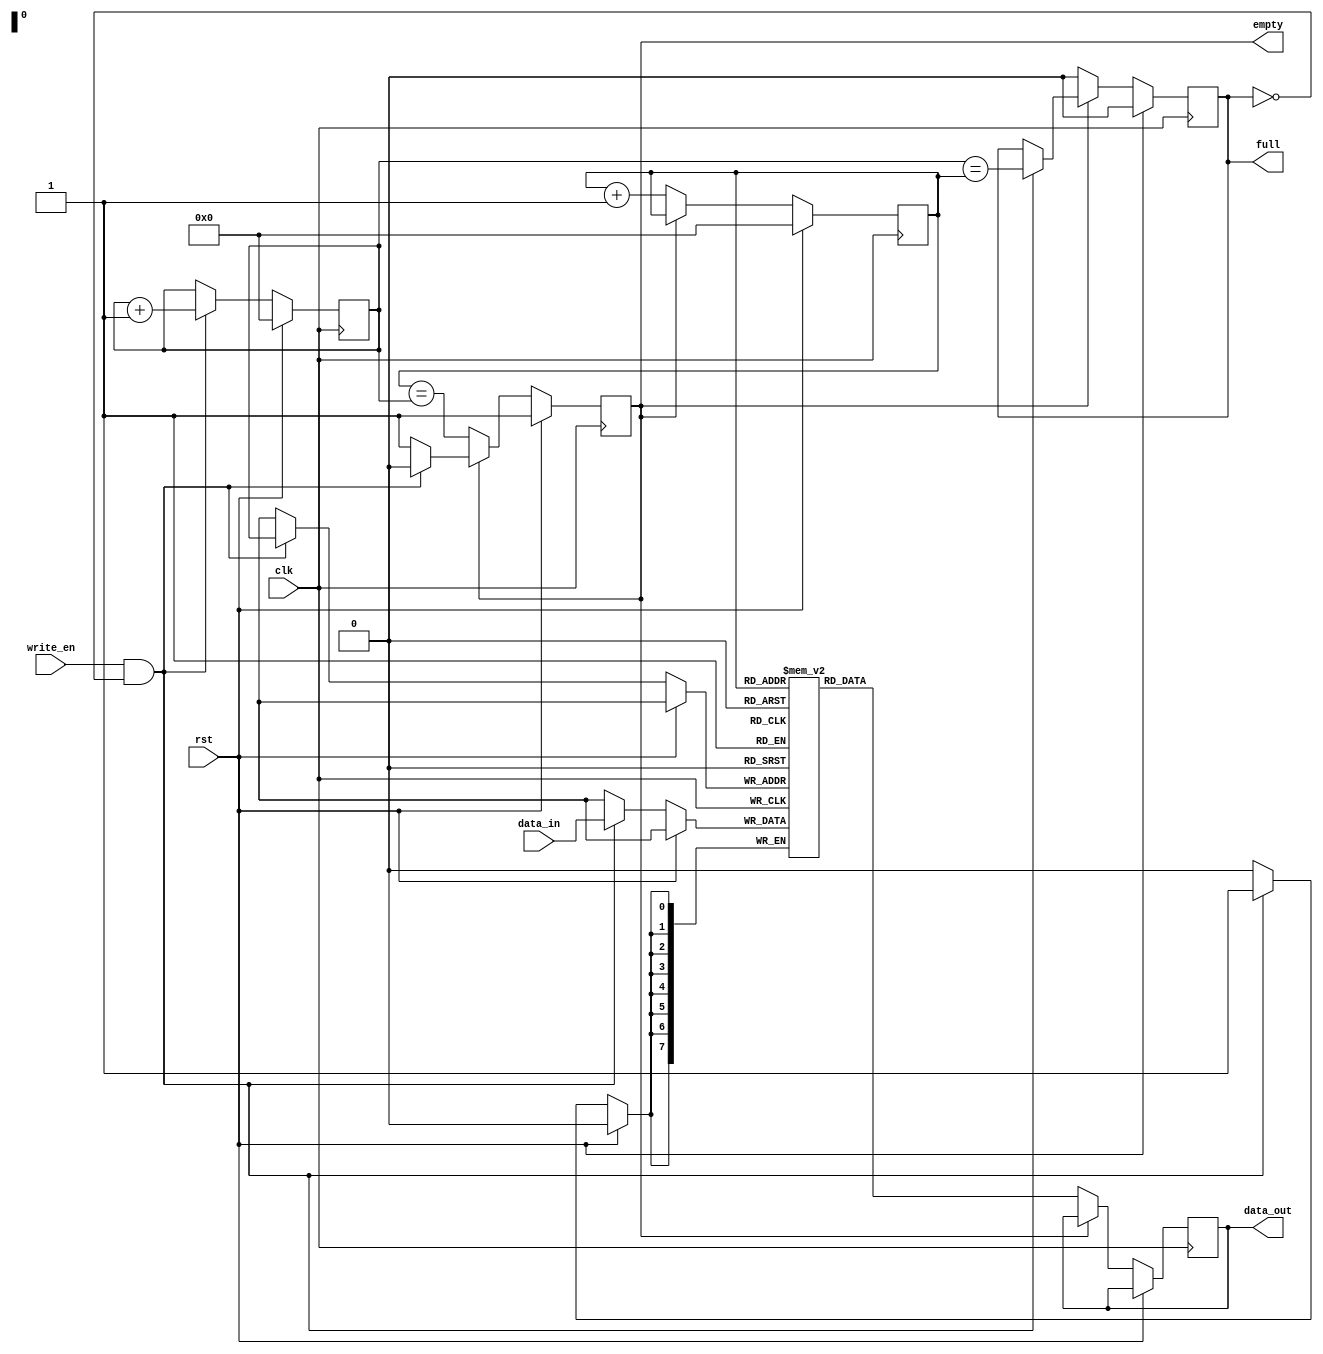
module fifo_buffer (
  input wire clk,
  input wire rst,
  input wire write_en,
  input wire [DATA_WIDTH-1:0] data_in,
  output reg [DATA_WIDTH-1:0] data_out,
  output reg full,
  output reg empty
);

  parameter ADDR_WIDTH = 8;
  parameter DATA_WIDTH = 8;
  parameter DEPTH = 256;

  reg [ADDR_WIDTH-1:0] write_ptr, read_ptr;
  reg [DATA_WIDTH-1:0] ram [0:DEPTH-1];
  
  always @(posedge clk) begin
    if (rst) begin
      write_ptr <= 0;
      read_ptr <= 0;
      full <= 0;
      empty <= 1;
    end else begin
      if (write_en && !full) begin
        ram[write_ptr] <= data_in;
        write_ptr <= write_ptr + 1;
        full <= (write_ptr == read_ptr);
        empty <= 0;
      end

      if (!empty) begin
        data_out <= ram[read_ptr];
        read_ptr <= read_ptr + 1;
        empty <= (read_ptr == write_ptr);
        full <= 0;
      end
    end
  end

endmodule